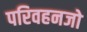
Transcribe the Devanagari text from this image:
परिवहनजो